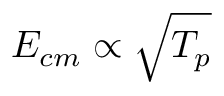
E _ { c m } \propto \sqrt { T _ { p } }